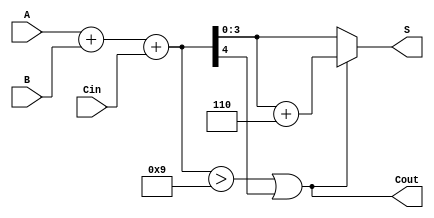
module BCD_Ripple_Carry_Adder (
    input  [3:0] A,      // BCD input A
    input  [3:0] B,      // BCD input B
    input        Cin,     // Carry input
    output [3:0] S,      // BCD sum output
    output       Cout     // Carry output
);

    wire [4:0] sum;      // 5-bit sum to accommodate carry
    wire [4:0] corrected_sum; // 5-bit corrected sum
    wire correction_needed; // Flag for correction

    // Full adder logic for BCD addition
    assign sum = A + B + Cin;

    // Check if correction is needed (sum > 9 or carry out)
    assign correction_needed = (sum > 9) || (sum[4]);

    // Correct the sum by adding 6 if needed
    assign corrected_sum = correction_needed ? (sum + 5'd6) : sum;

    // Assign the outputs
    assign S = corrected_sum[3:0]; // BCD result
    assign Cout = correction_needed; // Carry out

endmodule